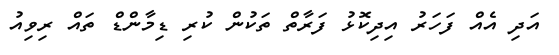
އަދި އެއް ފަހަރު އިދިކޮޅު ފަރާތް ތަކުން ކުރި ޑިމާންޑް ތައް ރިވިއު